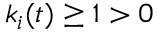
k _ { i } ( t ) \geq 1 > 0